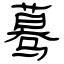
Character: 蓦